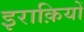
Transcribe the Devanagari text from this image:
इराक़ियों